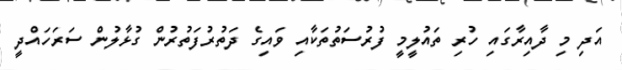
އަދި މި ދާއިރާގައި ހުރި ތައުލީމީ ފުރުސަތުތަކާއި ވައިގެ ދަތުރުފަތުރުން ގުޅާލުން ސަރަހައްދީ